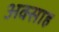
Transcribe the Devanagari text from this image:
अक्साह